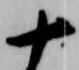
十